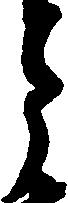
月